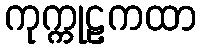
ကုက္ကုဠကထာ